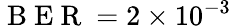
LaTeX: \mathrm{~B~E~R~}=2\times 10^{-3}